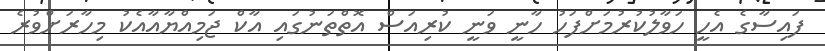
ފައިސާގެ އެހީ ހަވާލުކުރުމަށްފަހު ހާނީ ވަނީ ކުރިއަސް އޮތްތަނުގައި އާކް ޖަމިއްޔާއާއެކު މިހާރަށްވުރެ